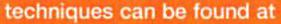
techniques can be found at